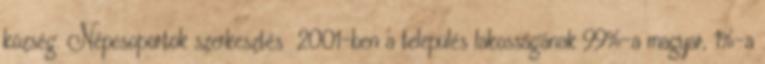
község. Népcsoportok szerkesztés 2001-ben a település lakosságának 99%-a magyar, 1%-a